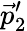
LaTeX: \vec{p}_{2}^{\prime}